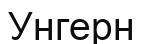
Унгерн